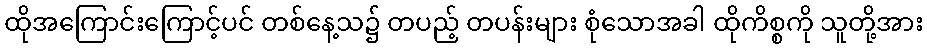
ထိုအကြောင်းကြောင့်ပင် တစ်နေ့သ၌ တပည့် တပန်းများ စုံသောအခါ ထိုကိစ္စကို သူတို့အား